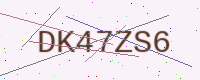
Text: DK47ZS6